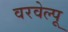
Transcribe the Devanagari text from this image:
वरवेल्पू